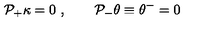
{ \cal P } _ { + } \kappa = 0 \ , \qquad { \cal P } _ { - } \theta \equiv \theta ^ { - } = 0